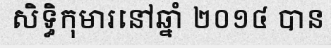
សិទ្ធិកុមារនៅឆ្នាំ ២០១៤ បាន